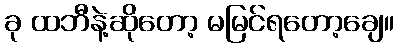
ခု ထဘီနဲ့ဆိုတော့ မမြင်ရတော့ချေ။